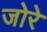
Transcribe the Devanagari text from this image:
जोरे